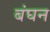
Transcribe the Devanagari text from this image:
बंघन